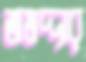
জমদ্দার